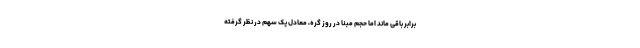
برابر باقی ماند اما حجم مبنا در روز گره، معادل یک سهم در نظر گرفته